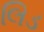
લિડ